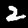
Digit: 2